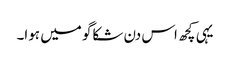
یہی کچھ اس دن شکاگو میں ہوا۔